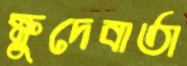
ক্ষুদেবার্তা